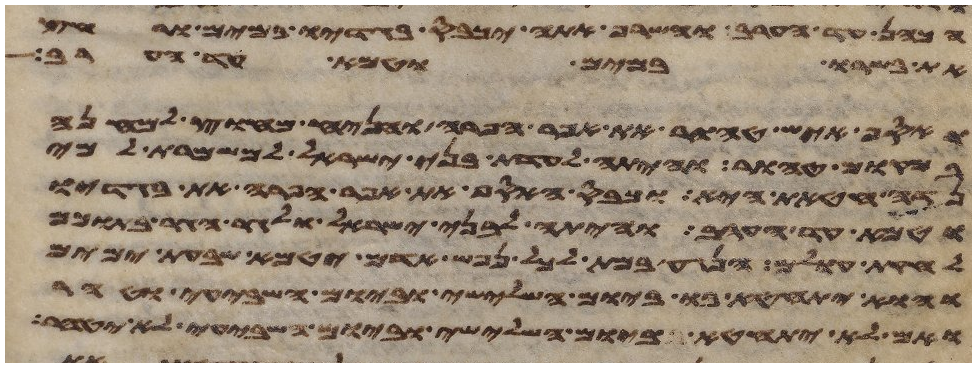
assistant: הכהן עד הערב והשרף אתה יכבס בגדיו במים ורחץ
את בשרו במים וטמא עד הערב
ואסף איש טהור את אפר הפרה והניח מחוץ למחנה
במקום טהור והיתה לעדת בני ישראל למשמרת למי
נדה חטאת היא וכבס האסף את אפר הפרה את בגדיו
וטמא עד הערב והיתה לבני ישראל ולגר הגר בתוכם
לחקות עולם הנגע במת לכל נפש אדם יטמא שבעת ימים
והוא יתחטא בו ביום השלישי וביום השביעי וטהר
ואם לא יתחטא ביום השלישי וביום השביעי לא יטהר